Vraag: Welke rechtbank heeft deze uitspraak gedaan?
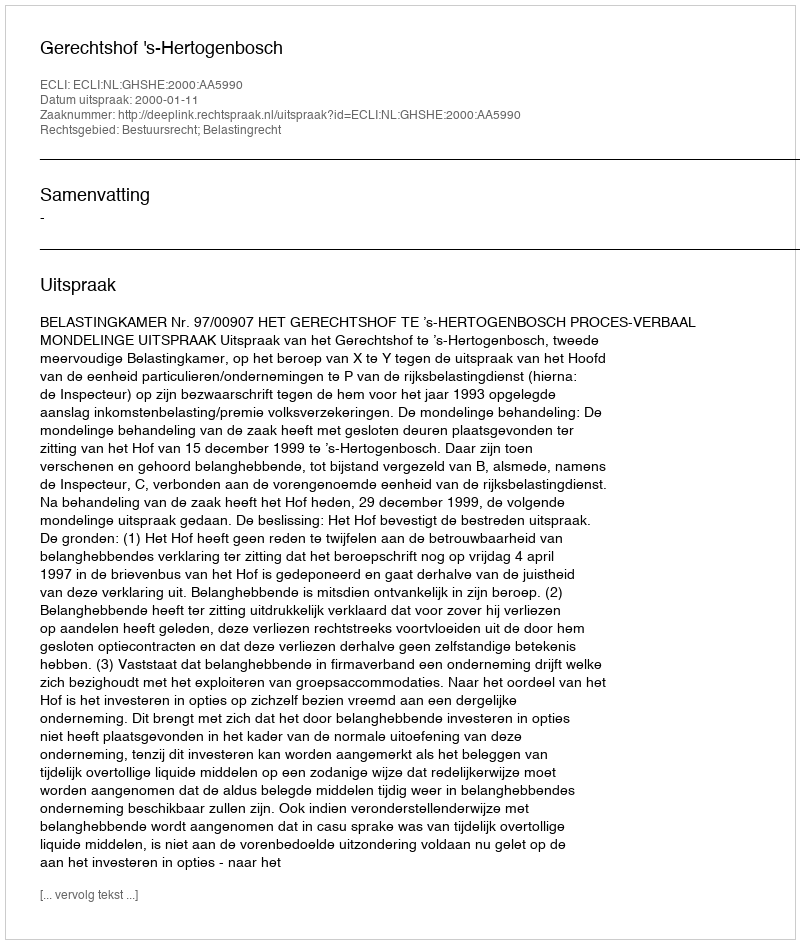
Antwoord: Gerechtshof 's-Hertogenbosch